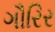
ગૌરિર